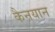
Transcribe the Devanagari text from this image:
कैनयान